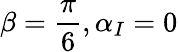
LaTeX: \beta=\frac{\pi}{6},\alpha_{I}=0